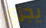
يجري